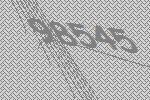
98545